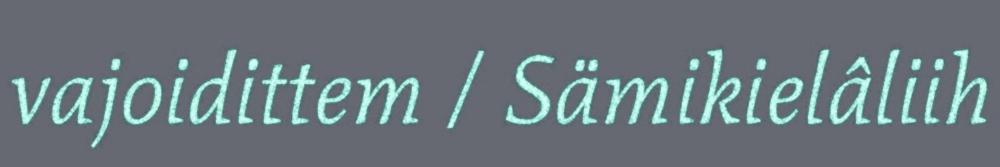
vajoidittem / Sämikielâliih